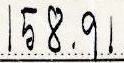
158.91